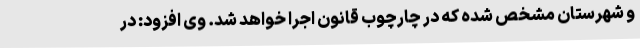
و شهرستان مشخص شده که در چارچوب قانون اجرا خواهد شد. وی افزود: در